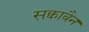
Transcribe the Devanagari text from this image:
सक्वाबैन